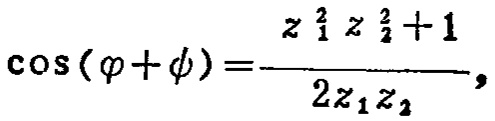
\(\cos(\varphi + \psi)=\frac{z_{1}^{2}z_{2}^{2}+1}{2z_{1}z_{2}},\)